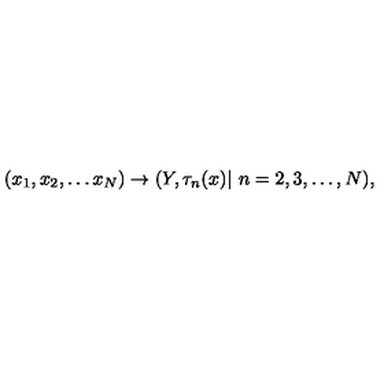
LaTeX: ( x _ { 1 } , x _ { 2 } , \ldots x _ { N } ) \rightarrow ( Y , \tau _ { n } ( x ) | \ n = 2 , 3 , \ldots , N ) ,